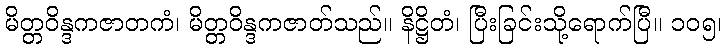
မိတ္တဝိန္ဒကဇာတကံ၊ မိတ္တဝိန္ဒကဇာတ်သည်။ နိဋ္ဌိတံ၊ ပြီးခြင်းသို့ရောက်ပြီ။ ၁၀၅၊